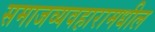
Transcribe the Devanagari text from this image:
समाजव्यवहारामधील